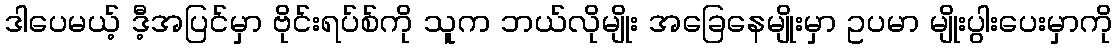
ဒါပေမယ့် ဒီ့အပြင်မှာ ဗိုင်းရပ်စ်ကို သူက ဘယ်လိုမျိုး အခြေနေမျိုးမှာ ဥပမာ မျိုးပွါးပေးမှာကို